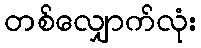
တစ်လျှောက်လုံး